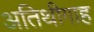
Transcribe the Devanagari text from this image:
अतिथीगाह